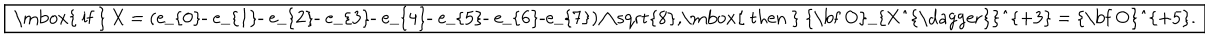
LaTeX: \fbox { \mathrm { ~ i f ~ } X = ( e _ { 0 } - e _ { 1 } - e _ { 2 } - e _ { 3 } - e _ { 4 } - e _ { 5 } - e _ { 6 } - e _ { 7 } ) / \sqrt { 8 } , \mathrm { ~ t h e n ~ } { \bf O } _ { X ^ { \dagger } } ^ { + 3 } = { \bf O } ^ { + 5 } . }